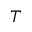
T